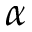
\alpha